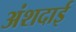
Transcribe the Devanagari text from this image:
अंशदाई